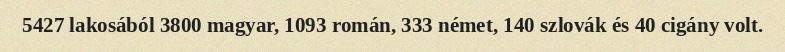
5427 lakosából 3800 magyar, 1093 román, 333 német, 140 szlovák és 40 cigány volt.